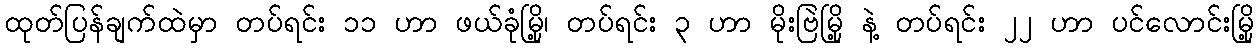
ထုတ်ပြန်ချက်ထဲမှာ တပ်ရင်း ၁၁ ဟာ ဖယ်ခုံမြို့၊ တပ်ရင်း ၃ ဟာ မိုးဗြဲမြို့ နဲ့ တပ်ရင်း ၂၂ ဟာ ပင်လောင်းမြို့